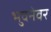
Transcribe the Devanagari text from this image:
भुवनेवर